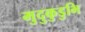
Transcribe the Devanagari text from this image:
मुदुकुडुभि